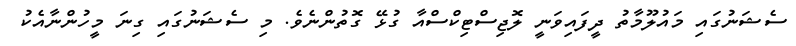
ސެޝަނުގައި މައުލޫމާތު ދީފައިވަނީ ލޮޖިސްޓިކްސްއާ ގުޅޭ ގޮތުންނެވެ. މި ސެޝަނުގައި ގިނަ މީހުންނާއެކު